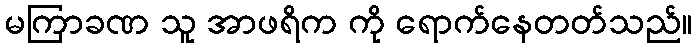
မကြာခဏ သူ အာဖရိက ကို ရောက်နေတတ်သည်။